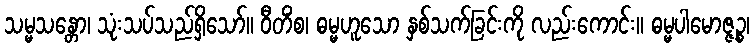
သမ္မသန္တော၊ သုံးသပ်သည်ရှိသော်။ ဝီတိံစ၊ ဓမ္မဟူသော နှစ်သက်ခြင်းကို လည်းကောင်း။ ဓမ္မပါမောဇ္ဇဉ္စ၊